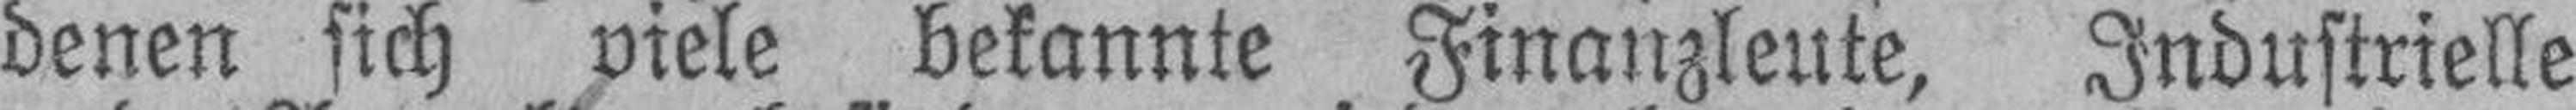
denen sich viele bekannte Finanzleute, Industrielle